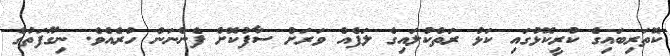
ކޮތަރިބައިގެ ކުރީކޮޅުގައި ކަޅު ރަތްކުލައިގެ ލަފެއް ވަރަށް ސާފުކޮށް ފެންނަން ހުރެއެވެ. ނިގޫފަތުގެ